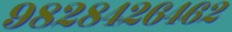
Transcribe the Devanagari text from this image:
९८२८४२६४६२